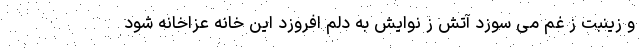
و زینبت ز غم می سوزد آتش ز نوایش به دلم افروزد این خانه عزاخانه شود